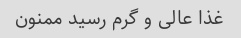
غذا عالی و گرم رسید ممنون